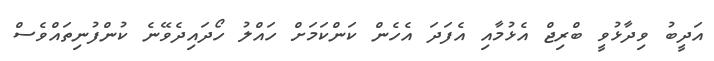
އަދީބު ވިދާޅުވީ ބްރިޖް އެޅުމާއި އެފަދަ އެހެން ކަންކަމަށް ހައްލު ހޯދައިދެވޭނެ ކުންފުނިތައްވެސް